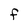
Character: f